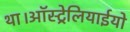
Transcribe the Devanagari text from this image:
था।ऑस्ट्रेलियाईयो